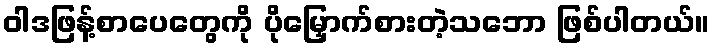
ဝါဒဖြန့်စာပေတွေကို ပိုမြှောက်စားတဲ့သဘော ဖြစ်ပါတယ်။